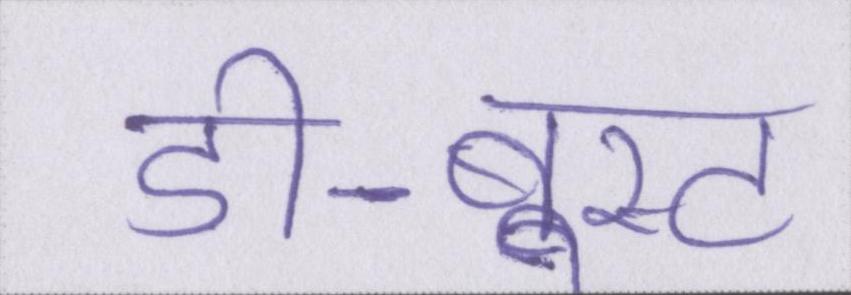
डी-बूस्ट